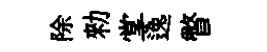
除勑掌逸瞥